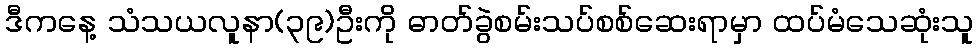
ဒီကနေ့ သံသယလူနာ(၃၉)ဦးကို ဓာတ်ခွဲစမ်းသပ်စစ်ဆေးရာမှာ ထပ်မံသေဆုံးသူ